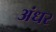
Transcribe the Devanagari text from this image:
अंधर